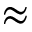
\approx